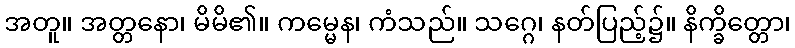
အတူ။ အတ္တနော၊ မိမိ၏။ ကမ္မေန၊ ကံသည်။ သဂ္ဂေ၊ နတ်ပြည့်၌။ နိက္ခိတ္တော၊